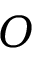
O